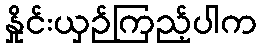
နှိုင်းယှဉ်ကြည့်ပါက